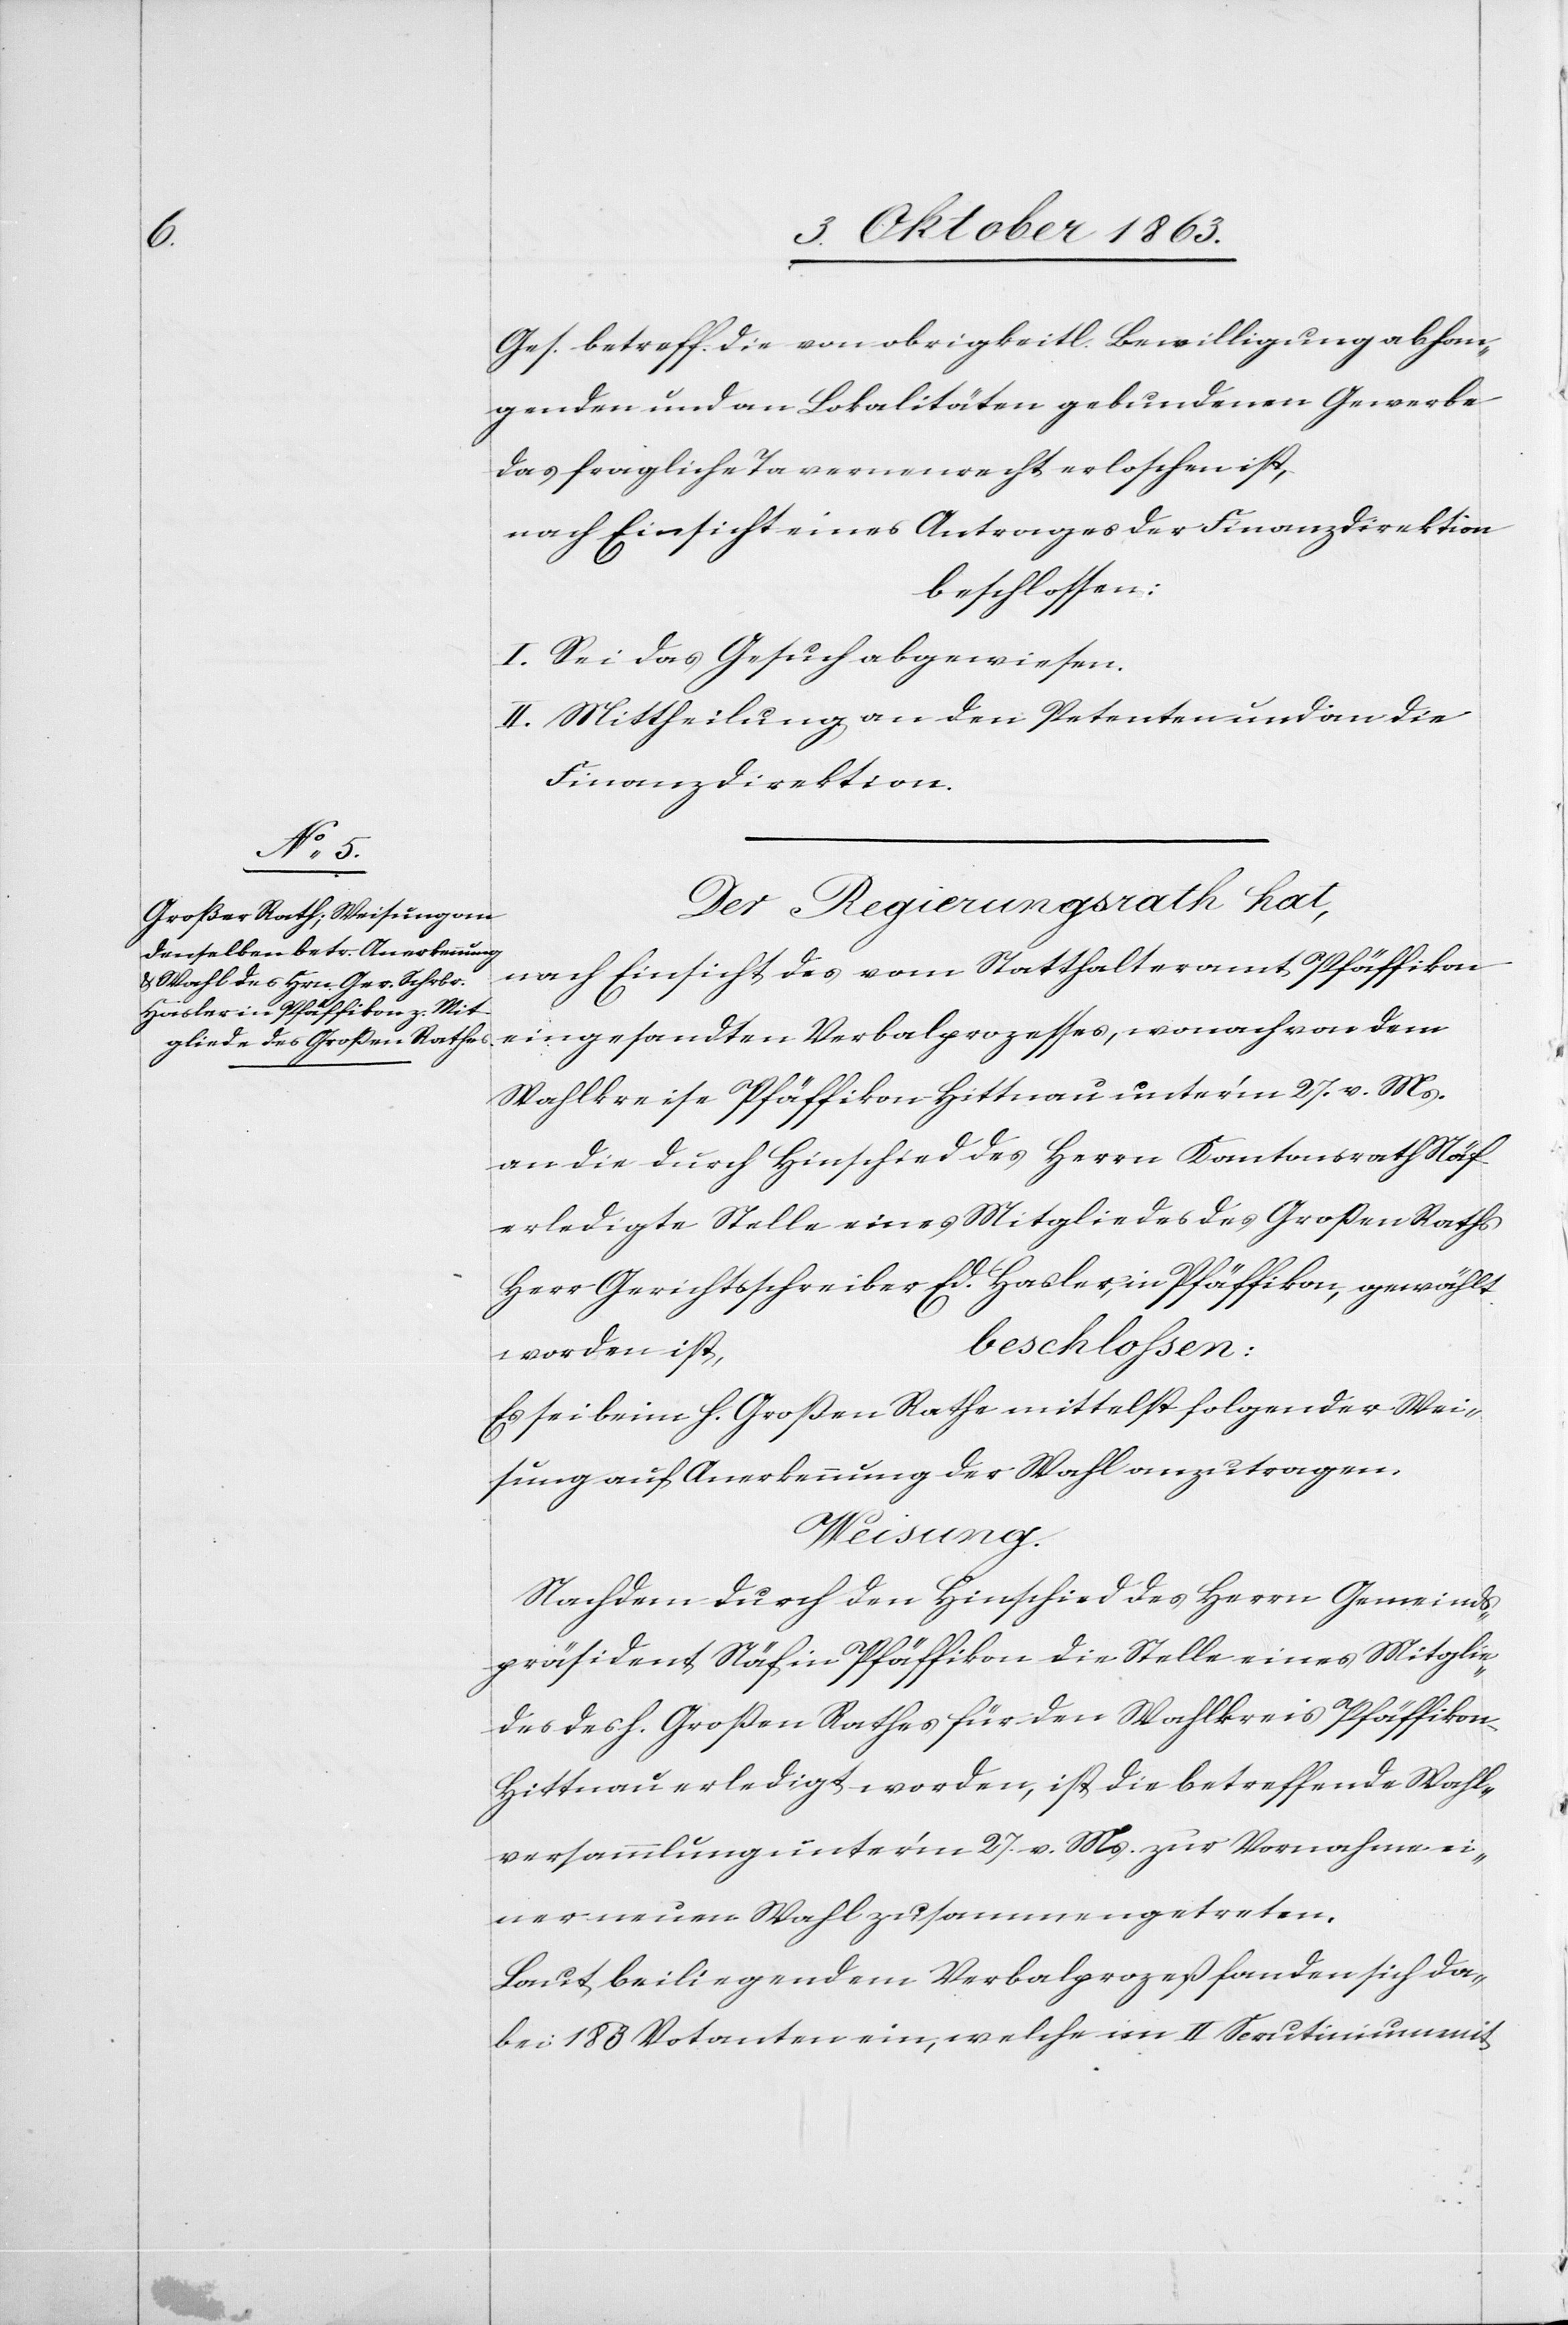
Ges. betreff. die von obrigkeitl. Bewilligung abhan¬
genden und an Lokalitäten gebundenen Gewerbe
das fragliche Tavernenrecht erloschen ist,
nach Einsicht eines Antrages der Finanzdirektion
beschlossen:
I. Sei das Gesuch abgewiesen.
II. Mittheilung an die Petenten und an die
Finanzdirektion.
Der Regierungsrath hat,
nach Einsicht des vom Statthalteramt Pfäffikon
eingesandten Verbalprozesses, wonach von dem
Wahlkreise Pfäffikon Hittnau unter'm 27. v. Ms.
an die durch Hinschied des Herrn Kantonsrath Näf
erledigte Stelle eines Mitgliedes des Großen Raths
Herr Gerichtsschreiber Ed. Hasler, in Pfäffikon, gewählt
worden ist,
Es sei beim h. Großen Rathe mittelst folgender Wei¬
sung auf Anerkennung der Wahl anzutragen:
Weisung.
Nachdem durch den Hinschied des Herrn Gemeinds¬
präsident Näf in Pfäffikon die Stelle eines Mitglie¬
des des h. Großen Rathes für den Wahlkreis Pfäffikon-H¬
ittnau erledigt worden, ist die betreffende Wahl¬
versammlung unter'm 27. v. Ms. zur Vornahme ei¬
ner neuen Wahl zusammengetreten.
Laut beiliegendem Verbalprozeß fanden sich da¬
bei 183 Votanten ein, welche im II Scrutinium mit